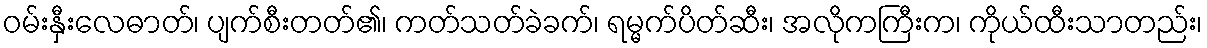
ဝမ်းနှီးလေဓာတ်၊ ပျက်စီးတတ်၏၊ ကတ်သတ်ခဲခက်၊ ရမ္မက်ပိတ်ဆီး၊ အလိုကကြီးက၊ ကိုယ်ထီးသာတည်း၊